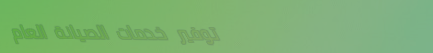
توفير خدمات الصيانة العام